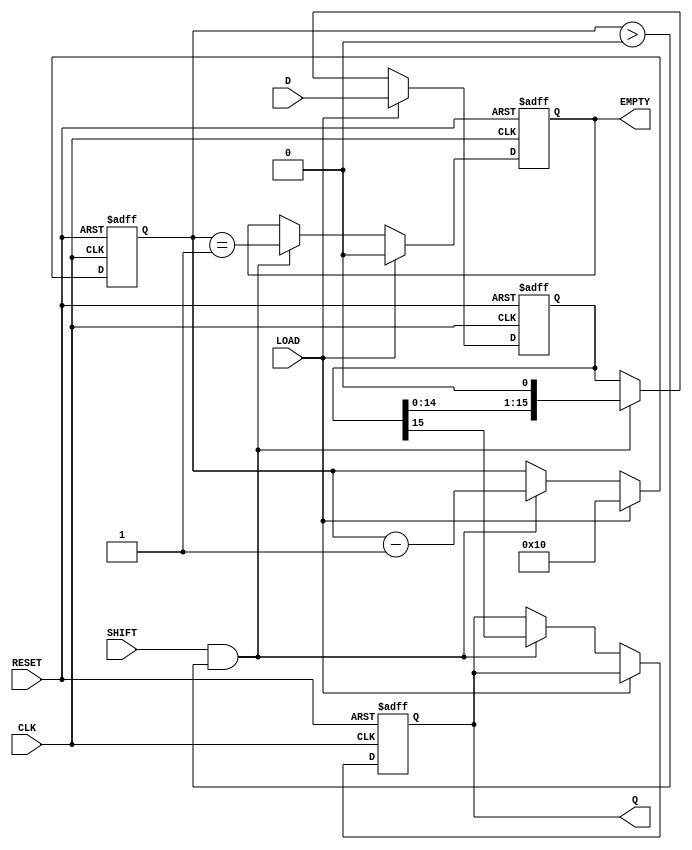
module PISO_Register (
    input [15:0] D,        // 16-bit input data bus for parallel loading
    input LOAD,            // Control signal to load data
    input SHIFT,           // Control signal to shift data out
    input CLK,             // Clock signal
    input RESET,           // Asynchronous reset
    output reg Q,          // Serial output
    output reg EMPTY       // Flag indicating if the register is empty
);

    reg [15:0] shift_reg;  // 16-bit register to hold data
    reg [4:0] count;       // 5-bit counter to track number of shifted bits

    // Asynchronous reset
    always @(posedge CLK or posedge RESET) begin
        if (RESET) begin
            shift_reg <= 16'b0; // Clear the register
            Q <= 1'b0;          // Clear the serial output
            EMPTY <= 1'b1;      // Register is empty
            count <= 5'b0;      // Reset count
        end else begin
            if (LOAD) begin
                shift_reg <= D;  // Load the data on LOAD signal
                EMPTY <= 1'b0;   // Register is now full
                count <= 5'd16;  // Reset count to 16
            end
            else if (SHIFT && count > 0) begin
                Q <= shift_reg[15];          // Shift the MSB to output
                shift_reg <= {shift_reg[14:0], 1'b0}; // Shift left
                count <= count - 1;         // Decrement counter
                EMPTY <= (count == 5'd1);   // Update EMPTY flag
            end
        end
    end

endmodule